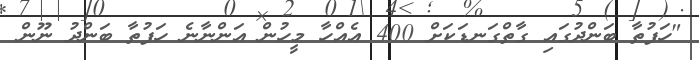
"ހަފުތާ ބަންދުގައި ގާތްގަނޑަކަށް 400 އެއްހާ މީހުން އަންނާނެ ހަފުތާ ބަންދު ނޫން